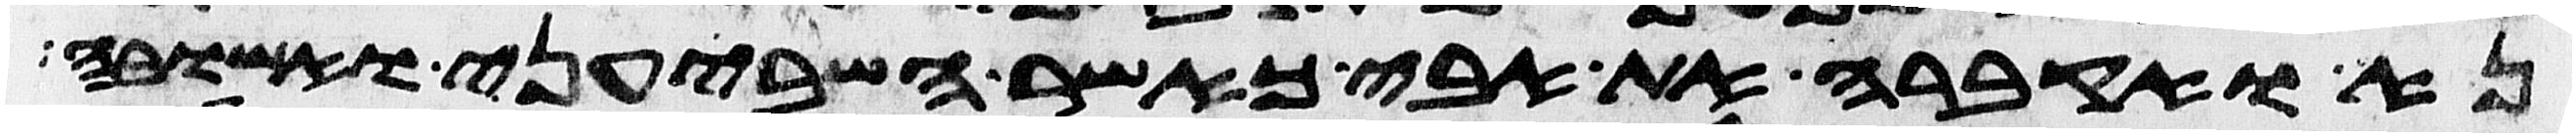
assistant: נא ואקברה את אבי כאשר השביעני ואשובה